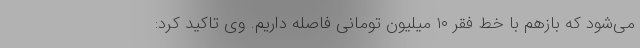
می‌شود که بازهم با خط فقر ۱۰ میلیون تومانی فاصله داریم. وی تاکید کرد: